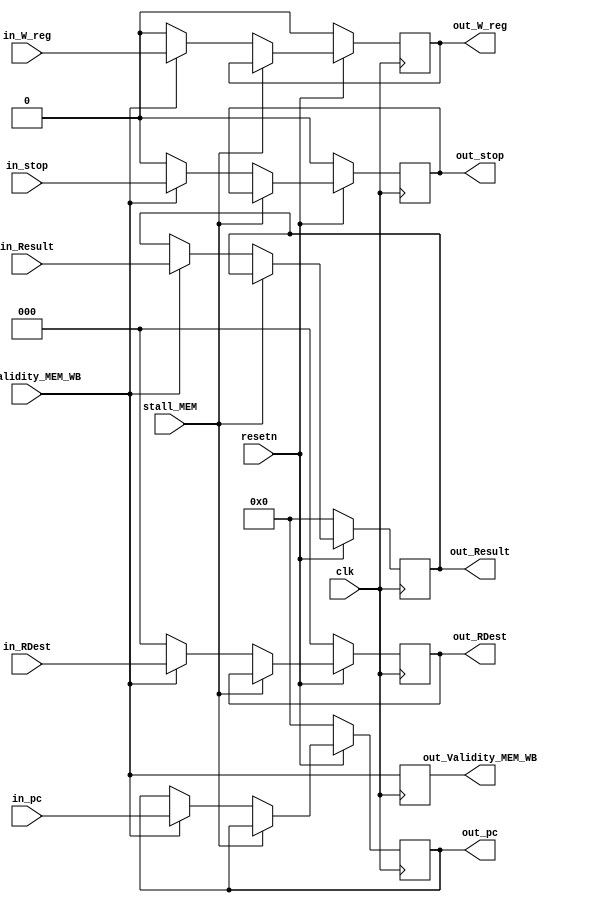
module Datapath_MEM_WB (clk,resetn,in_Validity_MEM_WB,
			in_Result,in_RDest,in_W_reg,in_pc,
			out_Result,out_RDest,out_W_reg,out_pc,
			out_Validity_MEM_WB,
			in_stop,out_stop,stall_MEM);
//ports
	input clk;
	input resetn;
	input in_Validity_MEM_WB;
	input stall_MEM;
	
	input [15:0] in_Result;
	input [2:0] in_RDest;
	input in_W_reg;
	input in_stop;
	input [15:0] in_pc;
	

	
	output reg [15:0] out_Result;
	output reg [2:0] out_RDest;
	output reg out_W_reg;
	output reg out_Validity_MEM_WB;
	output reg out_stop;
	output reg [15:0] out_pc;
	
	
	always @ (negedge(clk))
	begin
		out_Validity_MEM_WB<=in_Validity_MEM_WB;
		if (resetn==1'b0)
			begin
			out_Result<=16'h0000;
			out_RDest<=3'b000;
			out_W_reg<=1'b0;
			out_stop<=1'b0;
			out_pc<=16'h0000;
			end
		else if(stall_MEM==1'b0)
			begin
				if (in_Validity_MEM_WB==1'b1)
				begin
				out_Result<=in_Result;
				out_RDest<=in_RDest;
				out_W_reg<=in_W_reg;
				out_stop<=in_stop;
				out_pc<=in_pc;
				end
				else if(in_Validity_MEM_WB==1'b0)
				begin
				out_RDest<=3'b000;
				out_W_reg<=1'b0;
				out_stop<=1'b0;
				end
			end
	end

endmodule